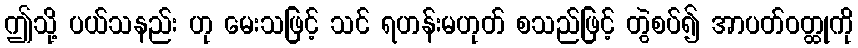
ဤသို့ ပယ်သနည်း ဟု မေးသဖြင့် သင် ရဟန်းမဟုတ် စသည်ဖြင့် တွဲစပ်၍ အာပတ်ဝတ္ထုကို